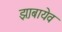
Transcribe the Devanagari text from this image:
झ़ाबायेव